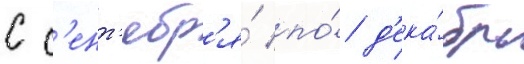
с с'ент'ябр'я́ по́ д'ека́брь